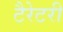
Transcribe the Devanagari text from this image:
टैरेटरी